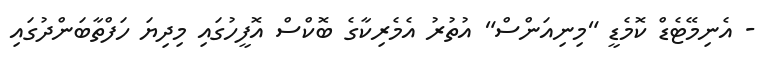
- އެނިމޭޓެޑް ކޮމެޑީ "މިނިއަންސް" އުތުރު އެމެރިކާގެ ބޮކްސް އޮފީހުގައި މިދިޔަ ހަފްތާބަންދުގައި